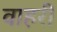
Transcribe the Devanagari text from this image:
वाहरी